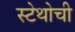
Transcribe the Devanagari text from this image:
स्टेथोची